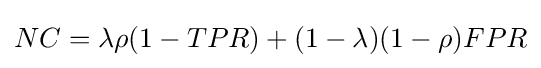
NC=\lambda \rho (1-TPR)+(1-\lambda )(1-\rho )FPR